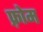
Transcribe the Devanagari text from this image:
फ़्रोम